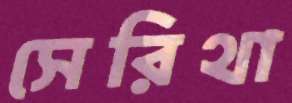
সেরিথা